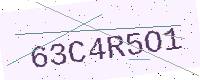
Text: 63C4R5O1